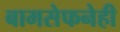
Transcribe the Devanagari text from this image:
बामसेफनेही